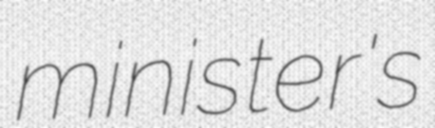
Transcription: minister's